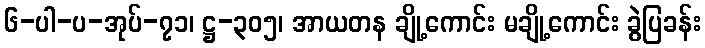
၆-ပါ-ပ-အုပ်-၇၁၊ ဋ္ဌ-၃၀၅၊ အာယတန ချို့ကောင်း မချို့ကောင်း ခွဲပြခန်း